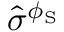
\hat { \sigma } ^ { \phi _ { \mathrm { S } } }